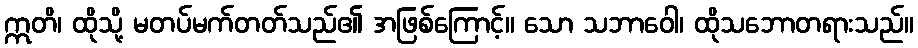
ဣတိ၊ ထိုသို့ မတပ်မက်တတ်သည်၏ အဖြစ်ကြောင့်။ သော သဘာဝေါ၊ ထိုသဘောတရားသည်။